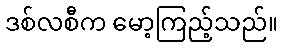
ဒစ်လစီက မော့ကြည့်သည်။